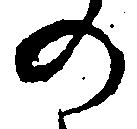
の